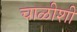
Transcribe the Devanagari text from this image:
चाळीशी